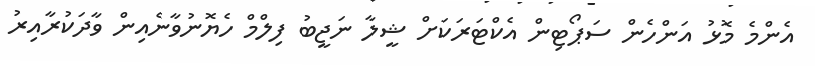
އެންމެ މޮޅު އަންހެން ސަޕޯޓިން އެކްޓަރަކަށް ޝީލާ ނަޖީބު ފިލްމް ހެޔޮނުވާނެއިން ވާދަކުރާއިރު